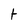
Character: t